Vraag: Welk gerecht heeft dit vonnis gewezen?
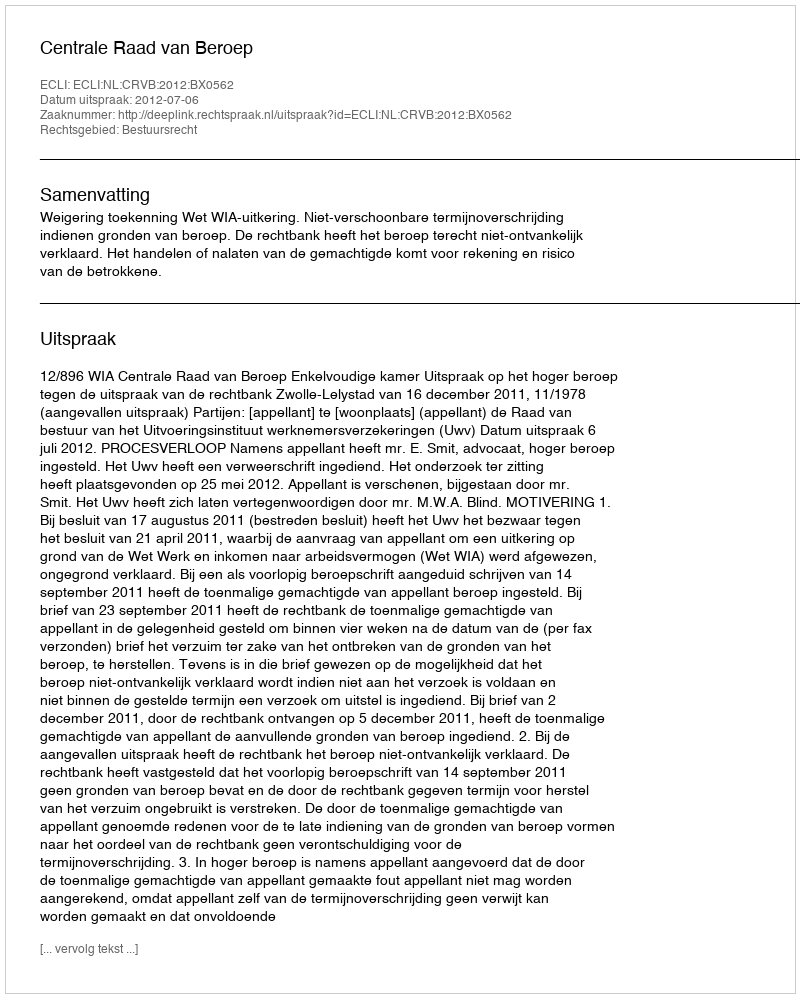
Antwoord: Centrale Raad van Beroep